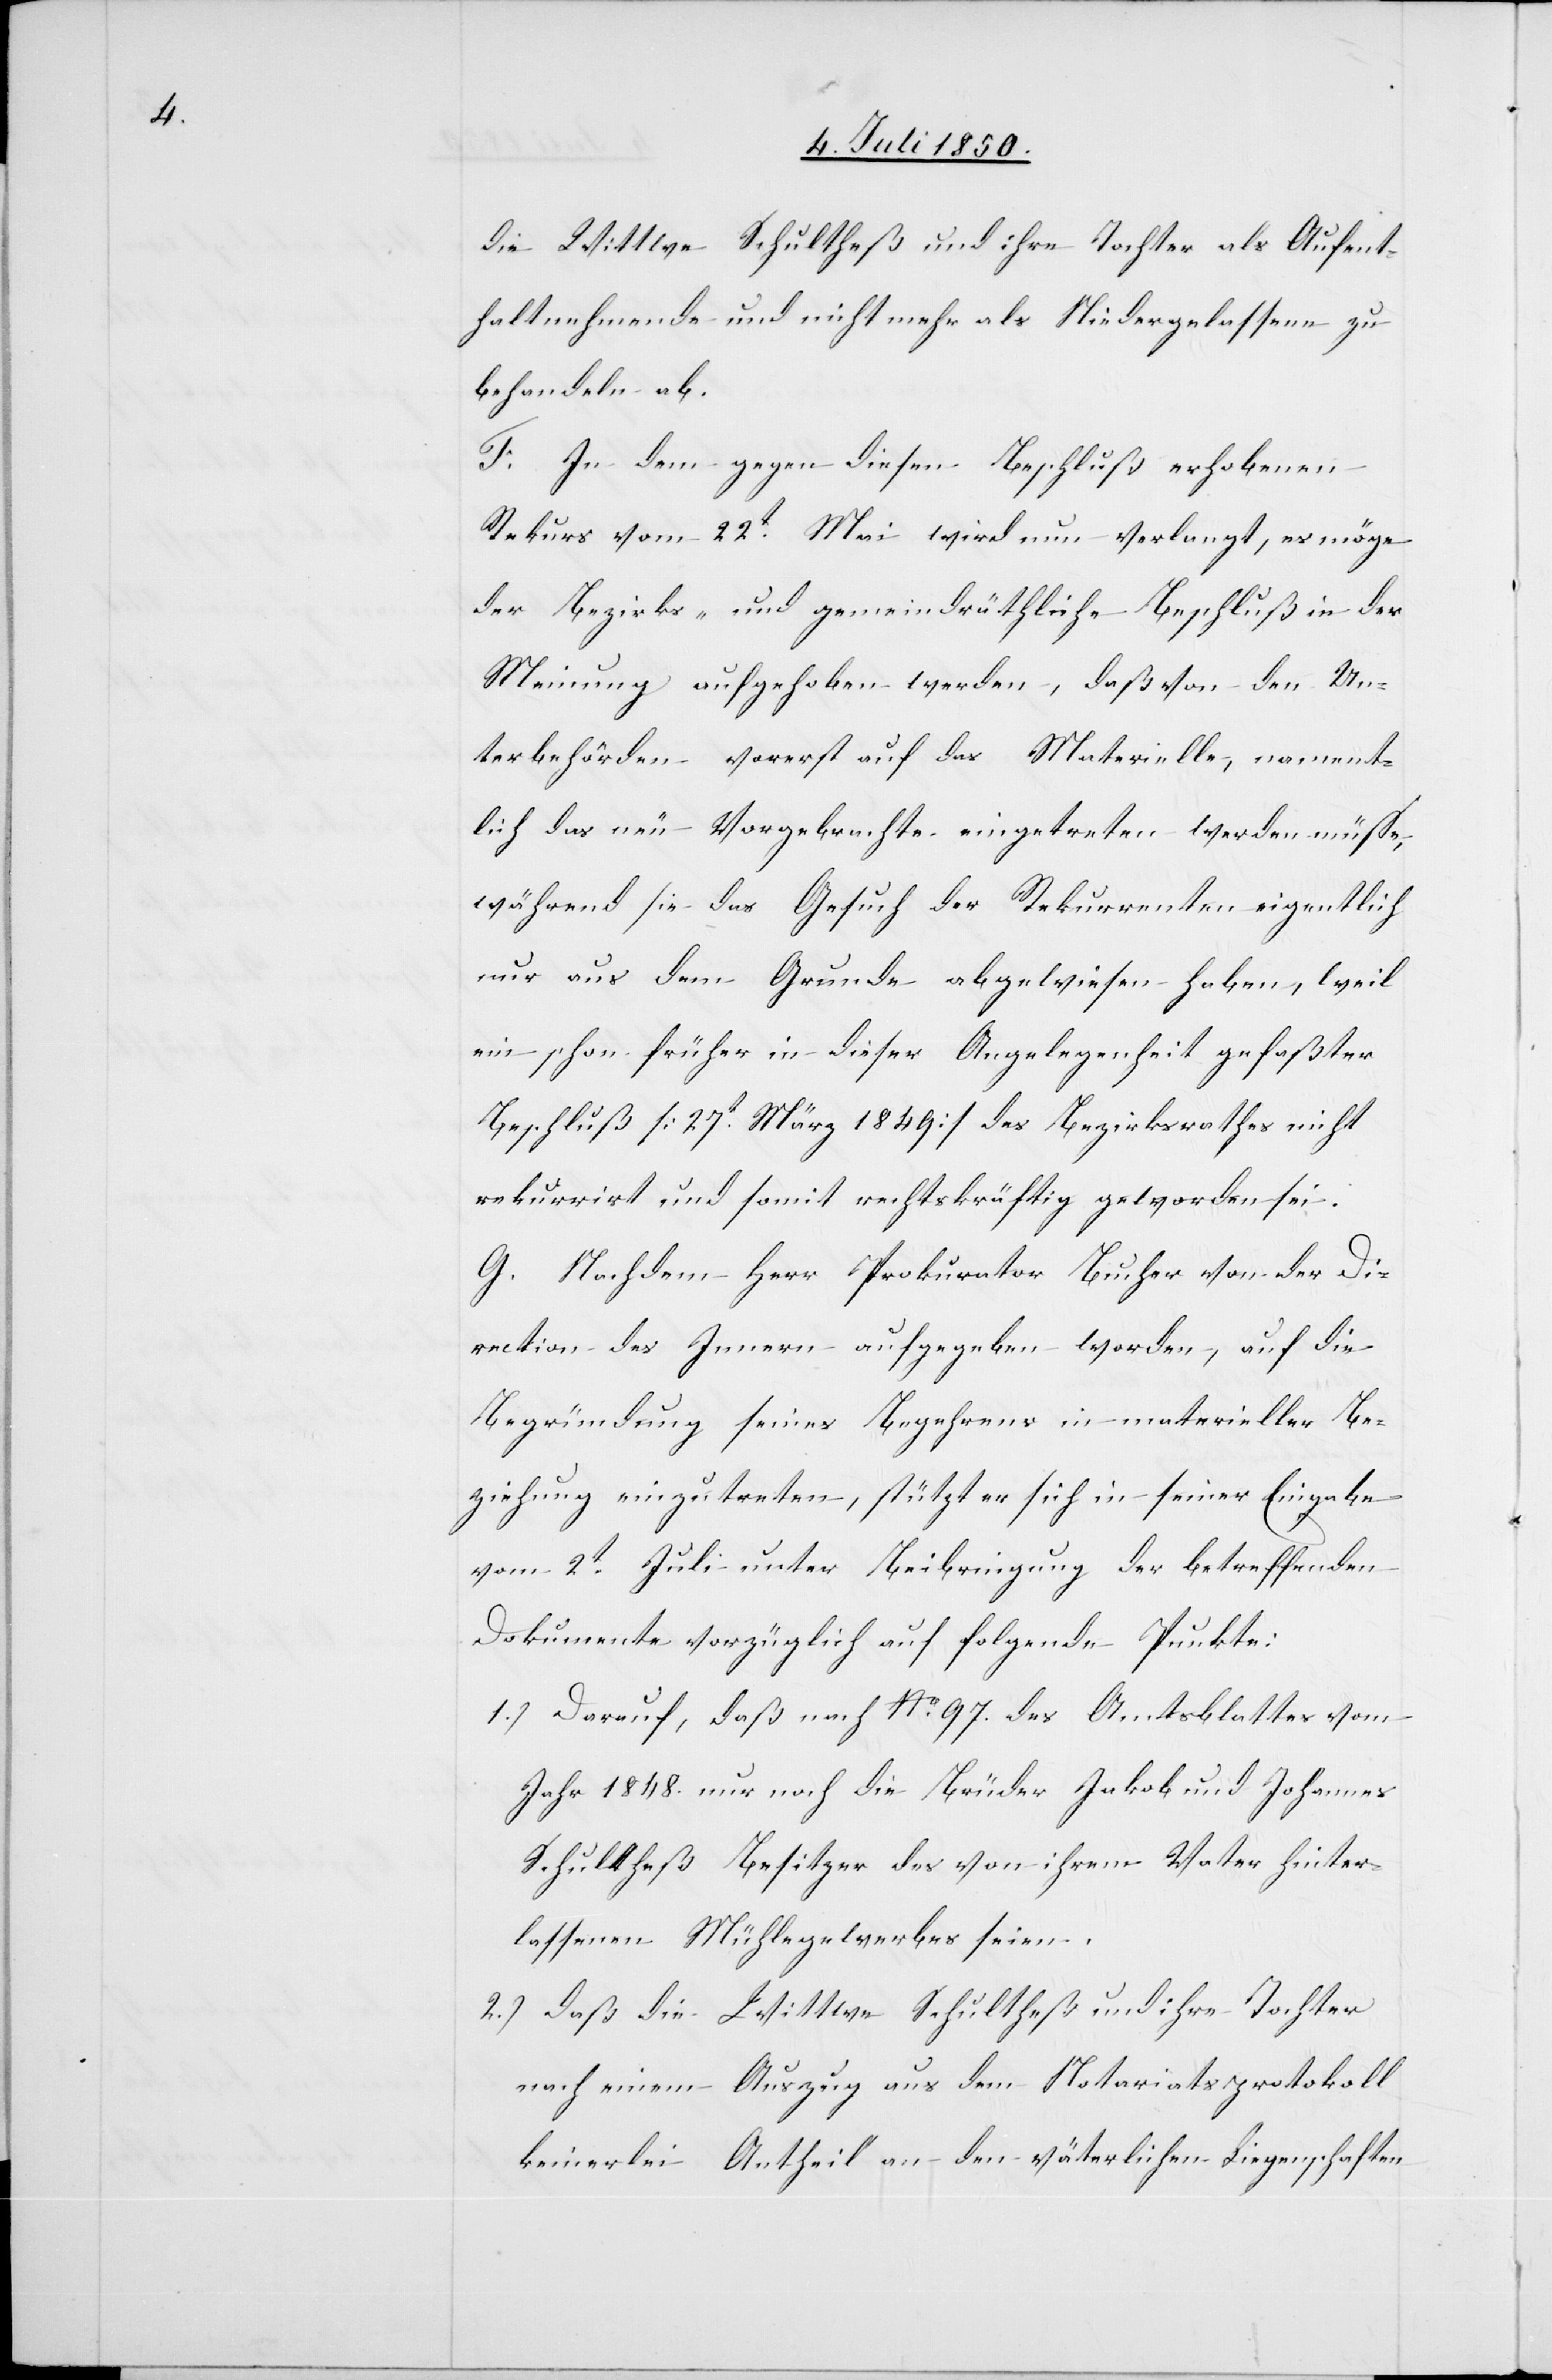
die Wittwe Schultheß und ihre Tochter als Aufent¬
haltnehmende und nicht mehr als Niedergelassene zu
behandeln ab.
F. In dem gegen diesen Beschluß erhobenen
Rekurs vom 22t Mai wird nun verlangt, es möge
der Bezirks- und gemeindräthliche Beschluß in der
Meinung aufgehoben werden, daß von den Un¬
terbehörden vorerst auf das Materielle, nament¬
lich das neu Vorgebrachte eingetreten werden müsse,
während sie das Gesuch der Rekurrenten eigentlich
nur aus dem Grunde abgewiesen haben, weil
ein schon früher in dieser Angelegenheit gefaßter
Beschluß [27t März 1849] des Bezirksrathes nicht
rekurrirt und somit rechtskräftig geworden sei.
G. Nachdem Herr Prokurator Bucher von der Di¬
rection des Innern aufgegeben worden, auf die
Begründung seines Begehrens in materieller Be¬
ziehung einzutreten, stützt er sich in seiner Eingabe
vom 2t Juli unter Beibringung der betreffenden
Dokumente vorzüglich auf folgende Punkte:
1.) Darauf, daß nach No. 97. des Amtsblattes vom
Jahr 1848. nur noch die Brüder Jakob und Johannes
Schultheß Besitzer des von ihrem Vater hinter¬
lassenen Mühlegewerbes seien.
2.) Daß die Wittwe Schultheß und ihre Tochter
nach einem Auszug aus dem Notariatsprotokoll
keinerlei Antheil an den väterlichen Liegenschaften